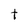
Character: t